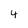
Character: 4